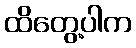
ထိတွေ့ပါက